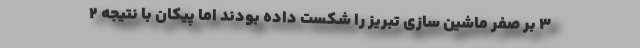
۳ بر صفر ماشین سازی تبریز را شکست داده بودند اما پیکان با نتیجه ۲